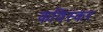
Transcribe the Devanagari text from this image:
कविस्कर